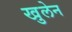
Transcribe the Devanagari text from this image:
खुलेन